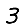
Digit: 3